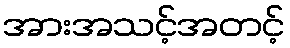
အားအသင့်အတင့်